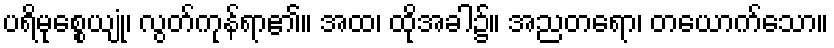
ပရိမုစ္စေယျုံ၊ လွတ်ကုန်ရာ၏။ အထ၊ ထိုအခါ၌။ အညတရော၊ တယောက်သော။